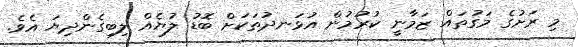
މި ރަށުގެ މަގުތައް ޒަމާނީ ކުރުމުން އުޅަނދުތަކަށް ބޮޑު ލުޔެއް ލިބިގެންދިޔަ އެވެ.